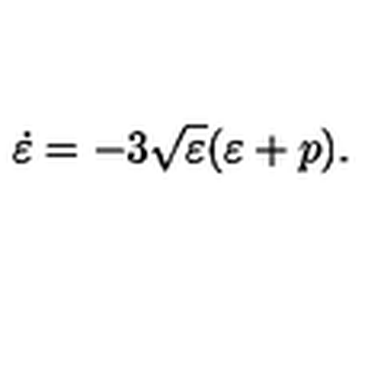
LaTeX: \dot { \varepsilon } = - 3 \sqrt { \varepsilon } ( \varepsilon + p ) .